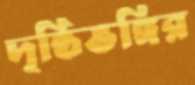
দৃষ্ঠিভঙ্গির